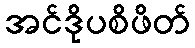
အင်ဒိုပစိဖိတ်